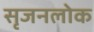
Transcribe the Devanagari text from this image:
सृजनलोक